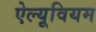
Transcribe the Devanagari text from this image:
ऐल्यूवियम